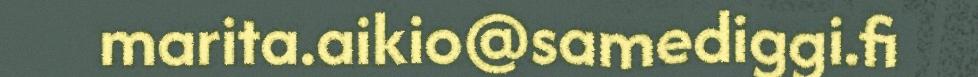
marita.aikio@samediggi.fi